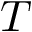
T